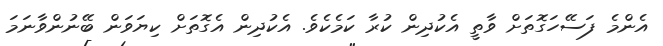
އެންމެ ފަސޭހަގޮތަށް ވާތީ އެކުދިން ކުރާ ކަމެކެވެ. އެކުދިން އެގޮތަށް ކިޔަވަން ބޭނުންވާނަމަ